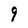
Character: 9